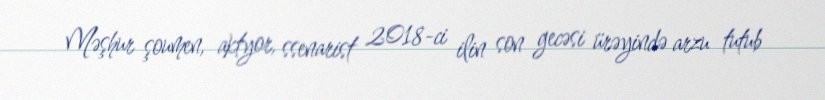
Məşhur şoumen, aktyor, ssenarist 2018-ci ilin son gecəsi ürəyində arzu tutub